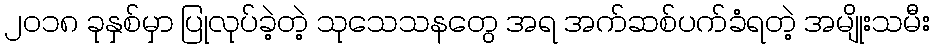
၂၀၁၈ ခုနှစ်မှာ ပြုလုပ်ခဲ့တဲ့ သုသေသနတွေ အရ အက်ဆစ်ပက်ခံရတဲ့ အမျိုးသမီး